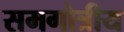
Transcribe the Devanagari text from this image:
समगोत्रीय